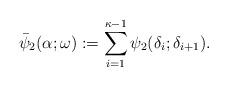
LaTeX: \begin{align*}\bar{\psi}_{2}(\alpha;\omega):=\sum_{i=1}^{\kappa-1}\psi_{2}(\delta_{i};\delta_{i+1}). \end{align*}